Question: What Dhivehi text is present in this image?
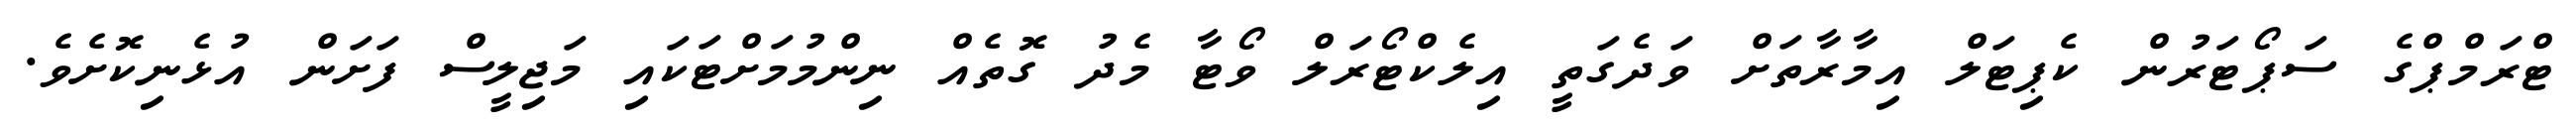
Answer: ޓްރަމްޕްގެ ސަޕޯޓަރުން ކެޕިޓަލް އިމާރާތަށް ވަދެގަތީ އިލެކްޓޯރަލް ވޯޓާ މެދު ގޮތެއް ނިންމުމަށްޓަކައި މަޖިލީސް ފަށަން އުޅެނިކޮށެވެ.